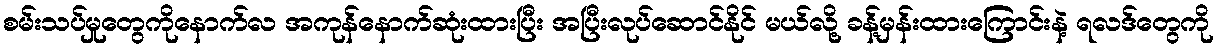
စမ်းသပ်မှုတွေကိုနောက်လ အကုန်နောက်ဆုံးထားပြီး အပြီးလုပ်ဆောင်နိုင် မယ်လို့ ခန့်မှန်းထားကြောင်းနဲ့ ရလဒ်တွေကို